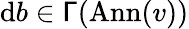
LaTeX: \mathrm{d}b\in\mathsf{\Gamma}(\mathrm{Ann}(v))